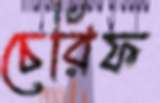
চেরিফ